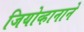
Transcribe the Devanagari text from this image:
जियोव्हानाने